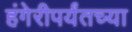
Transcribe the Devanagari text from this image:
हंगेरीपर्यंतच्या